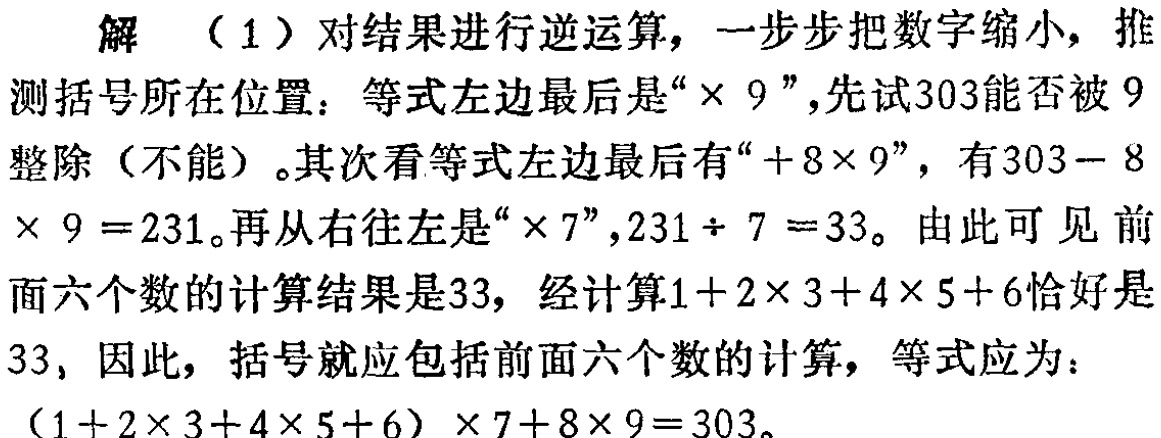
解 （1）对结果进行逆运算，一步步把数字缩小，推测括号所在位置：等式左边最后是“$\times 9$”，先试303能否被9整除（不能）。其次看等式左边最后有“$+8\times 9$”，有$303 - 8\times 9 = 231$。再从右往左是“$\times 7$”，$231\div 7 = 33$。由此可见前面六个数的计算结果是33，经计算$1 + 2\times 3 + 4\times 5 + 6$恰好是33，因此，括号就应包括前面六个数的计算，等式应为：

\((1 + 2\times 3 + 4\times 5 + 6)\times 7 + 8\times 9 = 303\)。